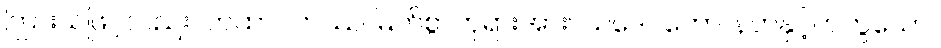
ကြားသဖြင့်လည်း။ တထာဂတဿ၊ မြတ်စွာဘုရားအား။ သဒေဝကော၊ နတ်နှင့်တကွသော။